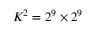
K ^ { 2 } = 2 ^ { 9 } \times 2 ^ { 9 }